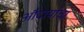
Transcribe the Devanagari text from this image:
औदार्याचा